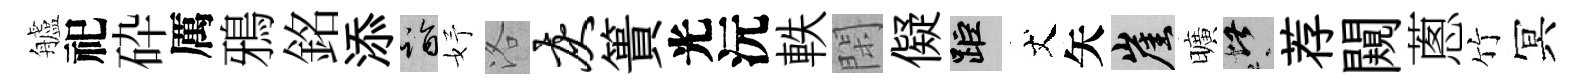
艫祀砕厲鴉銘添诣妤洛灰簣光沅軼閑儗距丈矢崖曠堪荐闚蔥竹冥